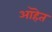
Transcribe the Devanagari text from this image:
आहॆत